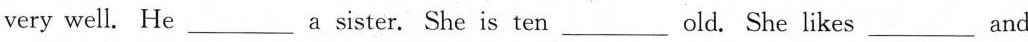
very well. He ___ a sister. She is ten ___ old. She likes ___ and